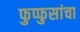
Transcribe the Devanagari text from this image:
फुप्फुसांचा